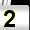
Digit: 2